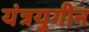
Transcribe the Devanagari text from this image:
यंत्रयुगीन